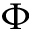
\boldsymbol { \Phi }